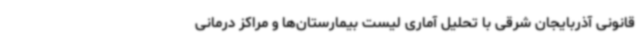
قانونی آذربایجان شرقی با تحلیل آماری لیست بیمارستان‌ها و مراکز درمانی